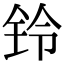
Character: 铃